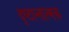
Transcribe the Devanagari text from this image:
दृष्टान्तात्मक